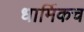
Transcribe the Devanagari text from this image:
धार्मिकच